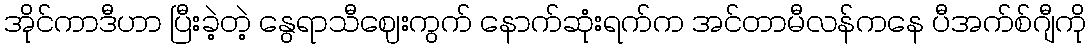
အိုင်ကာဒီဟာ ပြီးခဲ့တဲ့ နွေရာသီဈေးကွက် နောက်ဆုံးရက်က အင်တာမီလန်ကနေ ပီအက်စ်ဂျီကို